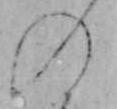
の